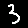
Digit: 3